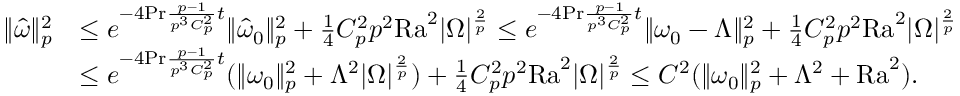
\begin{array} { r l } { \| \hat { \omega } \| _ { p } ^ { 2 } } & { \leq e ^ { - 4 \mathrm { P r } \frac { p - 1 } { p ^ { 3 } C _ { p } ^ { 2 } } t } \| \hat { \omega } _ { 0 } \| _ { p } ^ { 2 } + \frac { 1 } { 4 } C _ { p } ^ { 2 } p ^ { 2 } \mathrm { { R a } } ^ { 2 } | \Omega | ^ { \frac { 2 } { p } } \leq e ^ { - 4 \mathrm { P r } \frac { p - 1 } { p ^ { 3 } C _ { p } ^ { 2 } } t } \| \omega _ { 0 } - \Lambda \| _ { p } ^ { 2 } + \frac { 1 } { 4 } C _ { p } ^ { 2 } p ^ { 2 } \mathrm { { R a } } ^ { 2 } | \Omega | ^ { \frac { 2 } { p } } } \\ & { \leq e ^ { - 4 \mathrm { P r } \frac { p - 1 } { p ^ { 3 } C _ { p } ^ { 2 } } t } ( \| \omega _ { 0 } \| _ { p } ^ { 2 } + \Lambda ^ { 2 } | \Omega | ^ { \frac 2 p } ) + \frac { 1 } { 4 } C _ { p } ^ { 2 } p ^ { 2 } \mathrm { { R a } } ^ { 2 } | \Omega | ^ { \frac { 2 } { p } } \leq C ^ { 2 } ( \| \omega _ { 0 } \| _ { p } ^ { 2 } + \Lambda ^ { 2 } + \mathrm { { R a } } ^ { 2 } ) . } \end{array}